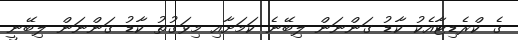
ގެ ކްރެޑިޓާއެކު ކާޑު ގަންނަން ލިބޭނެ ކަމަށާއި މިވަގުތު ކާޑު ގަންނަން ލިބޭނީ